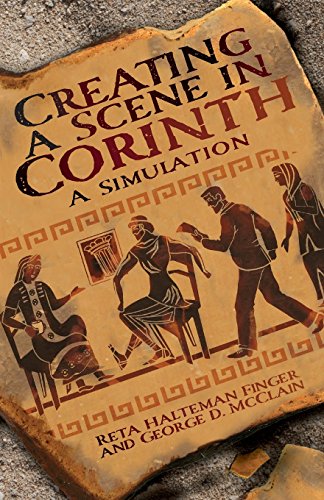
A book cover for Creating a Scene in Corinth: A Simulation; Reta Halteman Finger; Literature & Fiction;